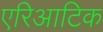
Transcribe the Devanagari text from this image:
एरिआटिक